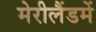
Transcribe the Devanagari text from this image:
मेरीलैंडमें